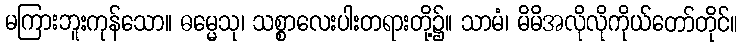
မကြားဘူးကုန်သော။ ဓမ္မေသု၊ သစ္စာလေးပါးတရားတို့၌။ သာမံ၊ မိမိအလိုလိုကိုယ်တော်တိုင်။